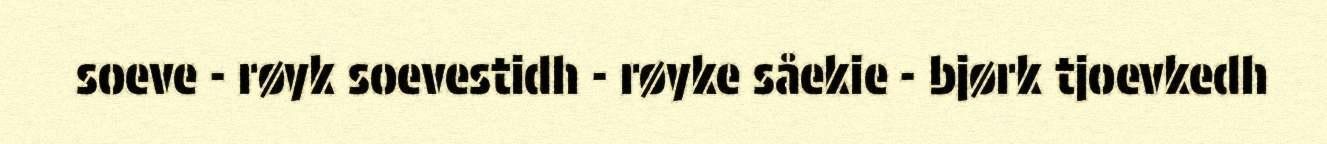
soeve - røyk soevestidh - røyke såekie - bjørk tjoevkedh